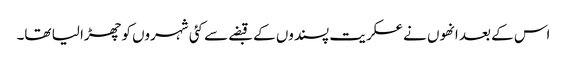
اس کے بعد انھوں نے عسکریت پسندوں کے قبضے سے کئی شہروں کو چھڑا لیا تھا۔